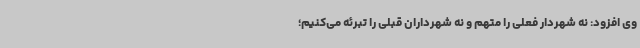
وی افزود: نه شهردار فعلی را متهم و نه شهرداران قبلی را تبرئه می‌کنیم؛